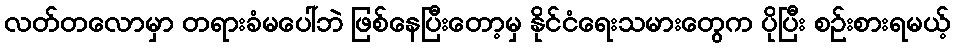
လတ်တလောမှာ တရားခံမပေါ်ဘဲ ဖြစ်နေပြီးတော့မှ နိုင်ငံရေးသမားတွေက ပိုပြီး စဉ်းစားရမယ့်